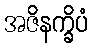
အဇိနက္ခိပံ